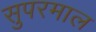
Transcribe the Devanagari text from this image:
सुपरमाल